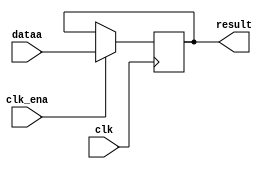
module one_register_1 (
	clk,
	clk_ena,
	dataa,
	result);
	input	  clk;
	input	  clk_ena;
	input	[17:0]  dataa;
	output	[17:0]  result;
	reg     [17:0]  result;
	always @(posedge clk) begin
		if(clk_ena) begin
			result <= dataa;
		end
	end
endmodule